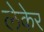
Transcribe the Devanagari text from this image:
लेकेर